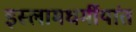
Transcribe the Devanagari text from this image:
इस्लामधर्मीयांत